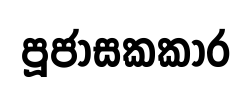
පූජාසකකාර